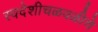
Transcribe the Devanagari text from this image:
स्वदेशीचळवळीचे